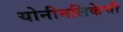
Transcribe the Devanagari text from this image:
योनीनलिकेची